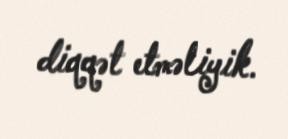
diqqət etməliyik.